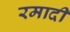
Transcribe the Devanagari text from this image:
रमादी